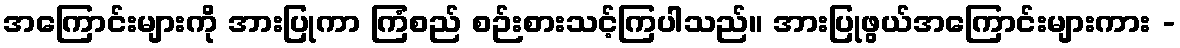
အကြောင်းများကို အားပြုကာ ကြံစည် စဉ်းစားသင့်ကြပါသည်။ အားပြုဖွယ်အကြောင်းများကား -